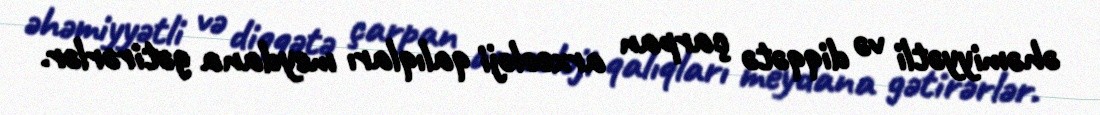
əhəmiyyətli və diqqətə çarpan arxeoloji qalıqları meydana gətirərlər.